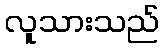
လူသားသည်